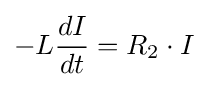
-L{dI \over dt}=R_{2}\cdot I